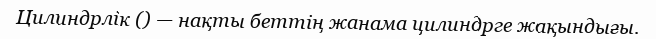
Цилиндрлік () — нақты беттің жанама цилиндрге жақындығы.